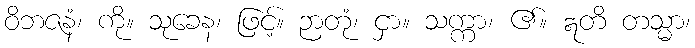
ဝိဘဇနံ၊ ကို။ သုခေန၊ ဖြင့်။ ဉာတုံ၊ ငှာ။ သက္ကာ၊ ၏။ ဣတိ တသ္မာ၊